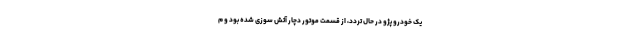
یک خودرو پژو در حال تردد، از قسمت موتور دچار آتش سوزی شده بود و م